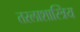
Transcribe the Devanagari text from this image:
तरलाशास्त्रिय